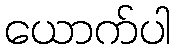
ယောက်ပါ